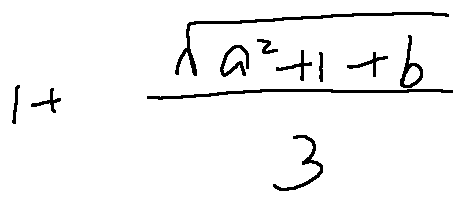
1 + \frac { \sqrt { a ^ { 2 } + 1 + b } } { 3 }